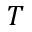
T